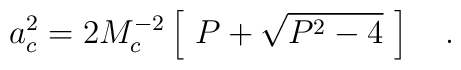
a_c^2=2M_c^{-2}\left[~P+\sqrt{P^2-4}~\right]~~~.